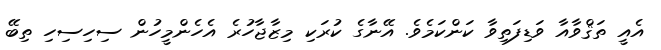
އެއީ ތަޤްވާއާ ވަޑިފަތިވާ ކަންކަމެވެ. އޭނާގެ ކުރަކި މިޒާޖާހުރެ އެހެންމީހުން ސިހިސިހި ތިބޭ